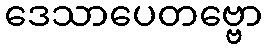
ဒေသာပေတဗ္ဗော